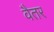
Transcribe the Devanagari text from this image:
वैतर